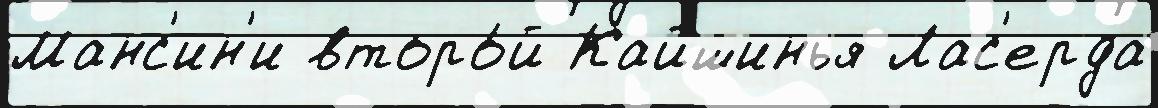
Манс'ин'и второ́й Кайшинья Лас'ерда